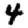
Digit: 4